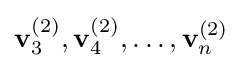
\mathbf {v} _{3}^{(2)},\mathbf {v} _{4}^{(2)},\dots ,\mathbf {v} _{n}^{(2)}